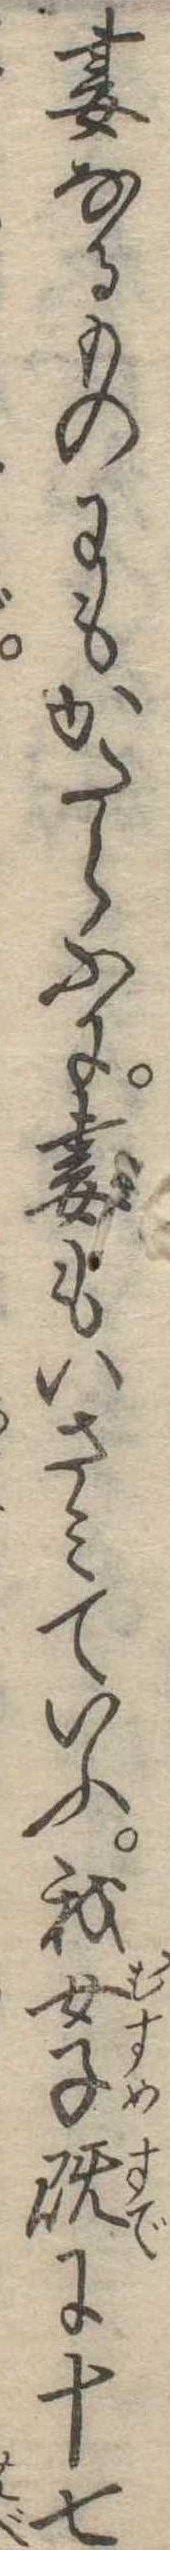
妻なるものにもかたらふに妻もいさみていふ我女子既に十七